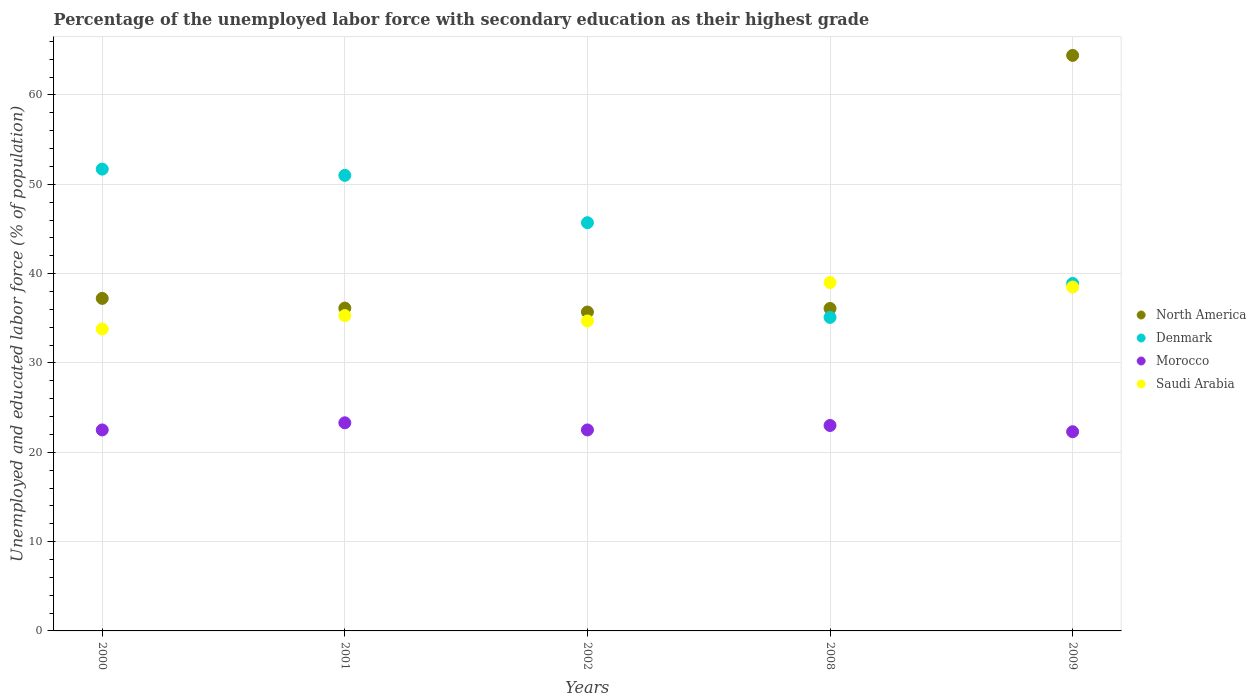
| Years | North America | Denmark | Morocco | Saudi Arabia |
 | --- | --- | --- | --- | --- |
 | 2000 | 37.2 | 51.7 | 22.5 | 33.8 |
 | 2001 | 36.1 | 51 | 23.3 | 35.3 |
 | 2002 | 35.7 | 45.7 | 22.5 | 34.7 |
 | 2008 | 36.1 | 35.1 | 23 | 39 |
 | 2009 | 64.4 | 38.9 | 22.3 | 38.5 |